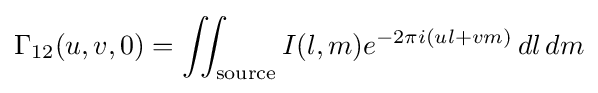
\Gamma _{12}(u,v,0)=\iint _{\textrm {source}}I(l,m)e^{-2\pi i(ul+vm)}\,dl\,dm